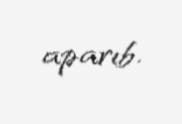
aparıb.